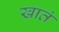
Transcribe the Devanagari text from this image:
खातं